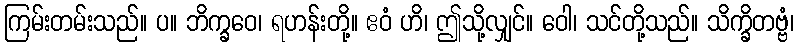
ကြမ်းတမ်းသည်။ ပ။ ဘိက္ခဝေ၊ ရဟန်းတို့။ ဧဝံ ဟိ၊ ဤသို့လျှင်။ ဝေါ၊ သင်တို့သည်။ သိက္ခိတဗ္ဗံ၊